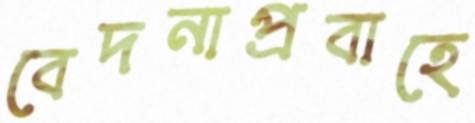
বেদনাপ্রবাহে